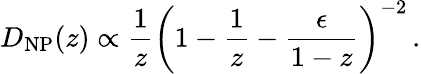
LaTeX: D_{\mathrm{NP}}(z)\propto\frac{1}{z}\left(1-\frac{1}{z}-\frac{\epsilon}{1-z}\right)^{-2}\, .